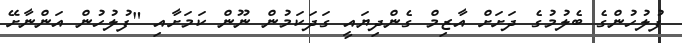
ފުލުހުންގެ ބެލުމުގެ ދަށަށް އާޒިމް ގެންދިޔައީ ގަދަކަމުން ނޫން ކަމަށާއި "ފުލުހުން އަންނާށޭ